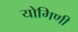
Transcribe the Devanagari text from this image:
योगिणी